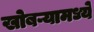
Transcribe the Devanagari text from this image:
खोबऱ्यामध्ये